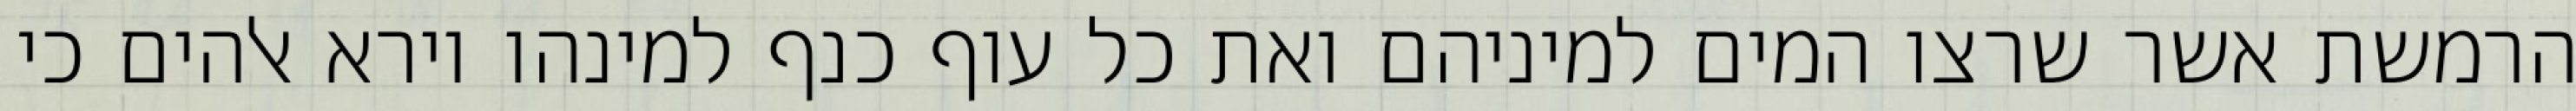
הרמשת אשר שרצו המים למיניהם ואת כל עוף כנף למינהו וירא אלהים כי